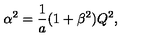
\alpha ^ { 2 } = { \frac { 1 } { a } } ( 1 + \beta ^ { 2 } ) Q ^ { 2 } ,